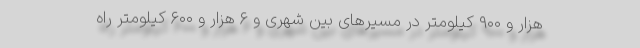
هزار و ۹۰۰ کیلومتر در مسیرهای بین شهری و ۶ هزار و ۶۰۰ کیلومتر راه